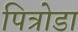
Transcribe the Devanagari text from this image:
पित्रोडा